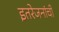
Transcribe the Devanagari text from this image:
इतरेजनांची